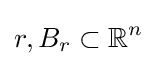
r,B_{r}\subset \mathbb {R} ^{n}